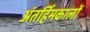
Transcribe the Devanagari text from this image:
अंतर्हिमकालों